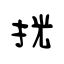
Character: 挄